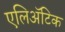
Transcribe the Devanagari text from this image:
एलिअॅटिक